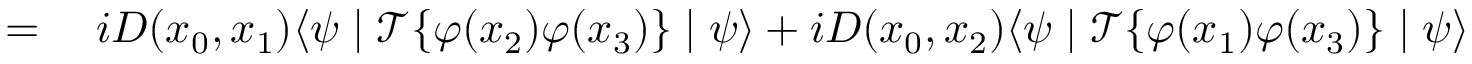
\begin{array} { r l } { = { } } & { { } i D ( x _ { 0 } , x _ { 1 } ) \langle \psi \mid { \mathcal { T } } \{ \varphi ( x _ { 2 } ) \varphi ( x _ { 3 } ) \} \mid \psi \rangle + i D ( x _ { 0 } , x _ { 2 } ) \langle \psi \mid { \mathcal { T } } \{ \varphi ( x _ { 1 } ) \varphi ( x _ { 3 } ) \} \mid \psi \rangle } \end{array}